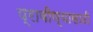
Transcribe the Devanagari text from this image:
प्रावीण्यासाठी